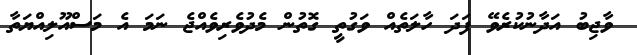
ވާޖިބު އަދާނުކުރެވޭ ފަދަ ހާލަތެއް ވަގުތީ ގޮތުން މެދުވެރިވެއްޖެ ނަމަ އެ މަސްއޫލިއްޔަތާ